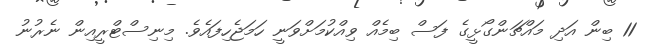
11 ބިން އަދި މައްޗަންގޯޅީގެ ފަސް ބިމެއް ވިއްކުމަށްވަނީ ހަމަޖެހިފައެވެ. މިނިސްޓްރީއިން ނެރުނު